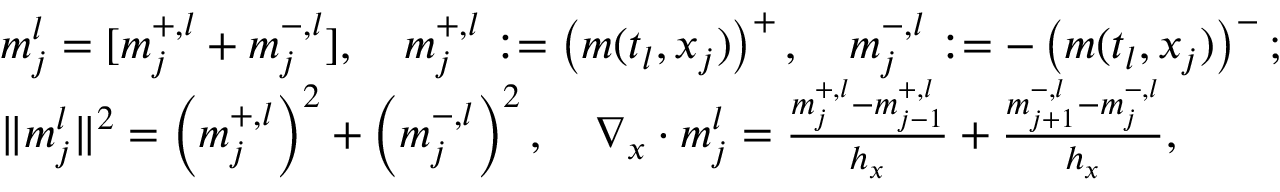
\begin{array} { r l } & { m _ { j } ^ { l } = [ m _ { j } ^ { + , l } + m _ { j } ^ { - , l } ] , \quad m _ { j } ^ { + , l } : = \left( m ( t _ { l } , x _ { j } ) \right) ^ { + } , \quad m _ { j } ^ { - , l } : = - \left( m ( t _ { l } , x _ { j } ) \right) ^ { - } ; } \\ & { \| m _ { j } ^ { l } \| ^ { 2 } = \left( m _ { j } ^ { + , l } \right) ^ { 2 } + \left( m _ { j } ^ { - , l } \right) ^ { 2 } , \quad \nabla _ { x } \cdot m _ { j } ^ { l } = \frac { m _ { j } ^ { + , l } - m _ { j - 1 } ^ { + , l } } { h _ { x } } + \frac { m _ { j + 1 } ^ { - , l } - m _ { j } ^ { - , l } } { h _ { x } } , } \end{array}